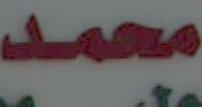
محمد